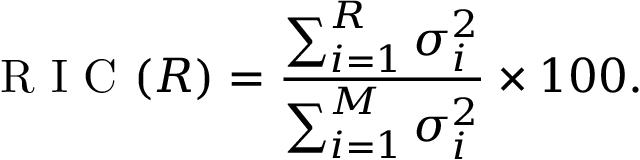
\mathrm { ~ R ~ I ~ C ~ } ( R ) = \frac { \sum _ { i = 1 } ^ { R } \sigma _ { i } ^ { 2 } } { \sum _ { i = 1 } ^ { M } \sigma _ { i } ^ { 2 } } \times 1 0 0 .